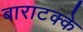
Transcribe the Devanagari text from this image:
बाराटक्के